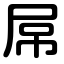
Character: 屌